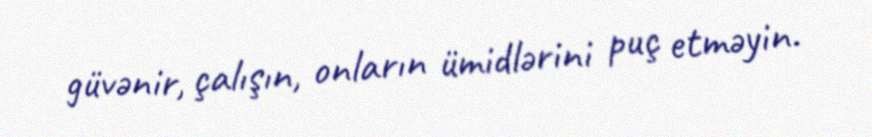
güvənir, çalışın, onların ümidlərini puç etməyin.